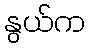
နွယ်က